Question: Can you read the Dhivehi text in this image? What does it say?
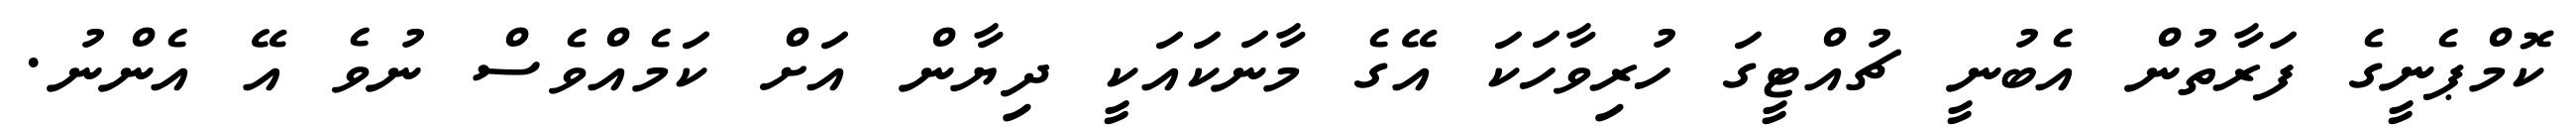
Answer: ކޮމްޕެނީގެ ފަރާތުން އެބުނީ ޗުއްޓީގަ ހުރިވާހަކަ އޭގެ މާނަކައަކީ ދިޔާން އަށް ކަމެއްވެސް ނުވެ އޭ އެންނު.